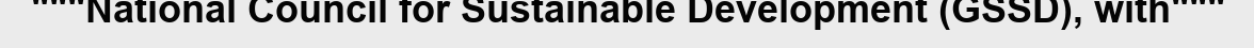
"""National Council for Sustainable Development (GSSD), with"""